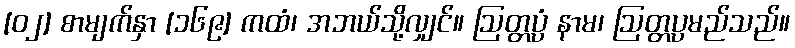
[၀၂] စာမျက်နှာ [၁၆၉] ကထံ၊ အဘယ်သို့လျှင်။ ဩတ္တပ္ပံ နာမ၊ ဩတ္တပ္ပမည်သည်။